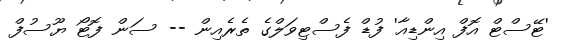
'ޓޭސްޓް އޮފް އިންޑިއާ' ފުޑް ފެސްޓިވަލްގެ ތެރެއިން -- ސަން ފޮޓޯ ޔޫސުފް